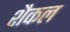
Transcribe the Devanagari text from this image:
शैकल